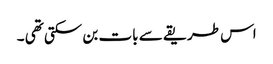
اس طریقے سے بات بن سکتی تھی ۔